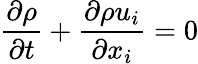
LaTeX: \frac{\partial\rho}{\partial t}+\frac{\partial\rho u_{i}}{\partial x_{i}}=0